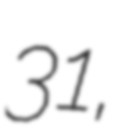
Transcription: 31,